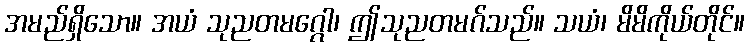
အမည်ရှိသော။ အယံ သုညတမဂ္ဂေါ၊ ဤသုညတမဂ်သည်။ သယံ၊ မိမိကိုယ်တိုင်။